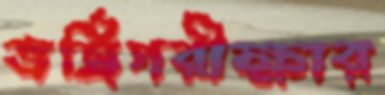
ভর্ত্রিপরীক্ষার